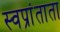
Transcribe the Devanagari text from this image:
स्वप्रांताता